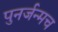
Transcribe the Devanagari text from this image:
पुनर्जन्मच